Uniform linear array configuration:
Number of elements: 24
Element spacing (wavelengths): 0.5
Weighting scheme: uniform
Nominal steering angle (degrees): -60
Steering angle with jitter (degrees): -60.454
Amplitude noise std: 0.05
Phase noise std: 0.05

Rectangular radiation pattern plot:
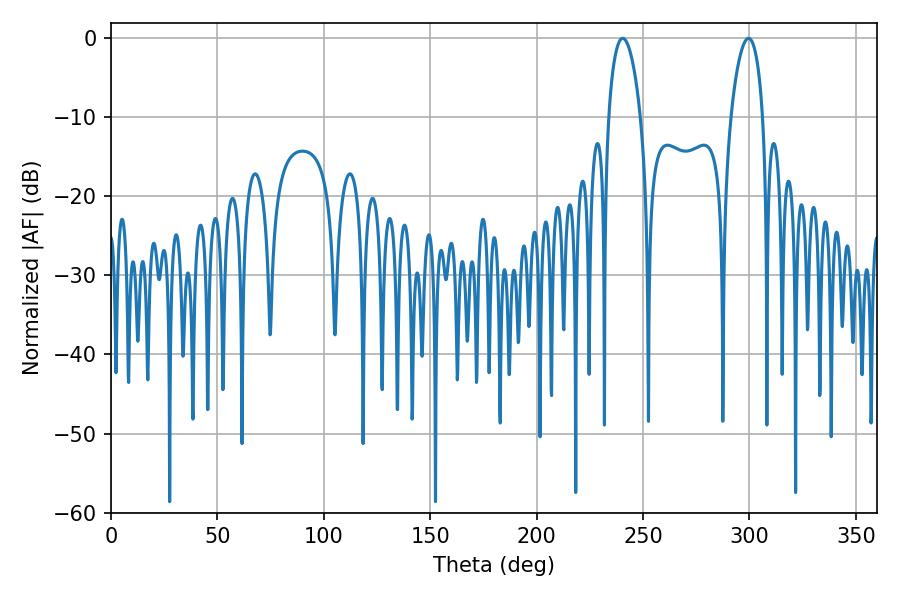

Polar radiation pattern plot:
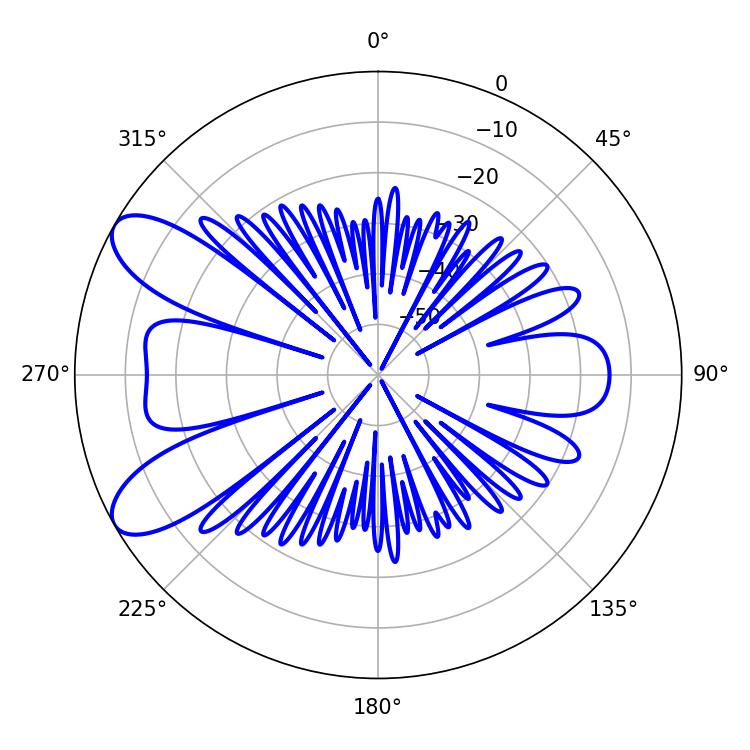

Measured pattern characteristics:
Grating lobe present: FALSE
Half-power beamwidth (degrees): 8.46
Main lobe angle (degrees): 240.48